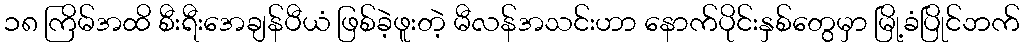
၁၈ ကြိမ်အထိ စီးရီးအေချန်ပီယံ ဖြစ်ခဲ့ဖူးတဲ့ မီလန်အသင်းဟာ နောက်ပိုင်းနှစ်တွေမှာ မြို့ခံပြိုင်ဘက်